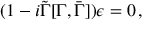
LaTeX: ( 1 - i \tilde { \Gamma } [ \Gamma , \bar { \Gamma } ] ) \epsilon = 0 \, ,